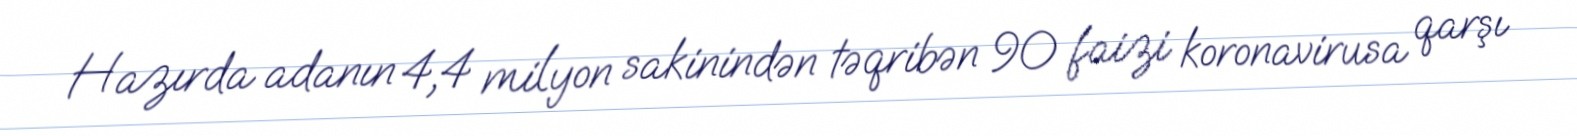
Hazırda adanın 4,4 milyon sakinindən təqribən 90 faizi koronavirusa qarşı